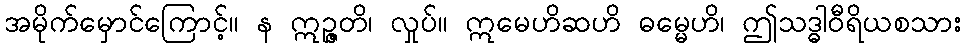
အမိုက်မှောင်ကြောင့်။ န ဣဉ္ဇတိ၊ လှုပ်။ ဣမေဟိဆဟိ ဓမ္မေဟိ၊ ဤသဒ္ဓါဝီရိယစသား